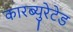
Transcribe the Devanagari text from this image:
कारब्युरेटेड